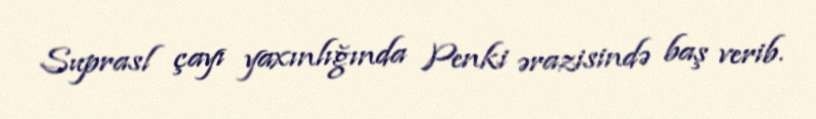
Suprasl çayı yaxınlığında Penki ərazisində baş verib.